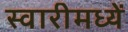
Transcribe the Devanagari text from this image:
स्वारीमध्यें